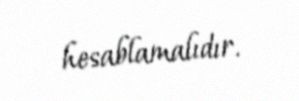
hesablamalıdır.